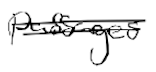
Text: passages
Cross-out: double-line
Writing tool: digital_black